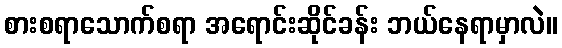
စားစရာသောက်စရာ အရောင်းဆိုင်ခန်း ဘယ်နေရာမှာလဲ။